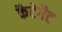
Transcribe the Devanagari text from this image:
कैटेगैट